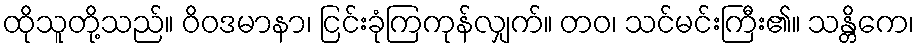
ထိုသူတို့သည်။ ဝိဝဒမာနာ၊ ငြင်းခုံကြကုန်လျှက်။ တဝ၊ သင်မင်းကြီး၏။ သန္တိကေ၊